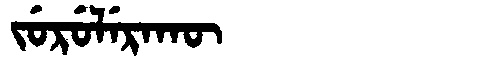
Manchu: ᠵᡠᡵᡠᠯᡝᡵᠠᡴᡡ
Romanization: JURULERAKŪ